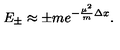
E _ { \pm } \approx \pm m e ^ { - \frac { \mu ^ { 2 } } { m } \Delta x } .